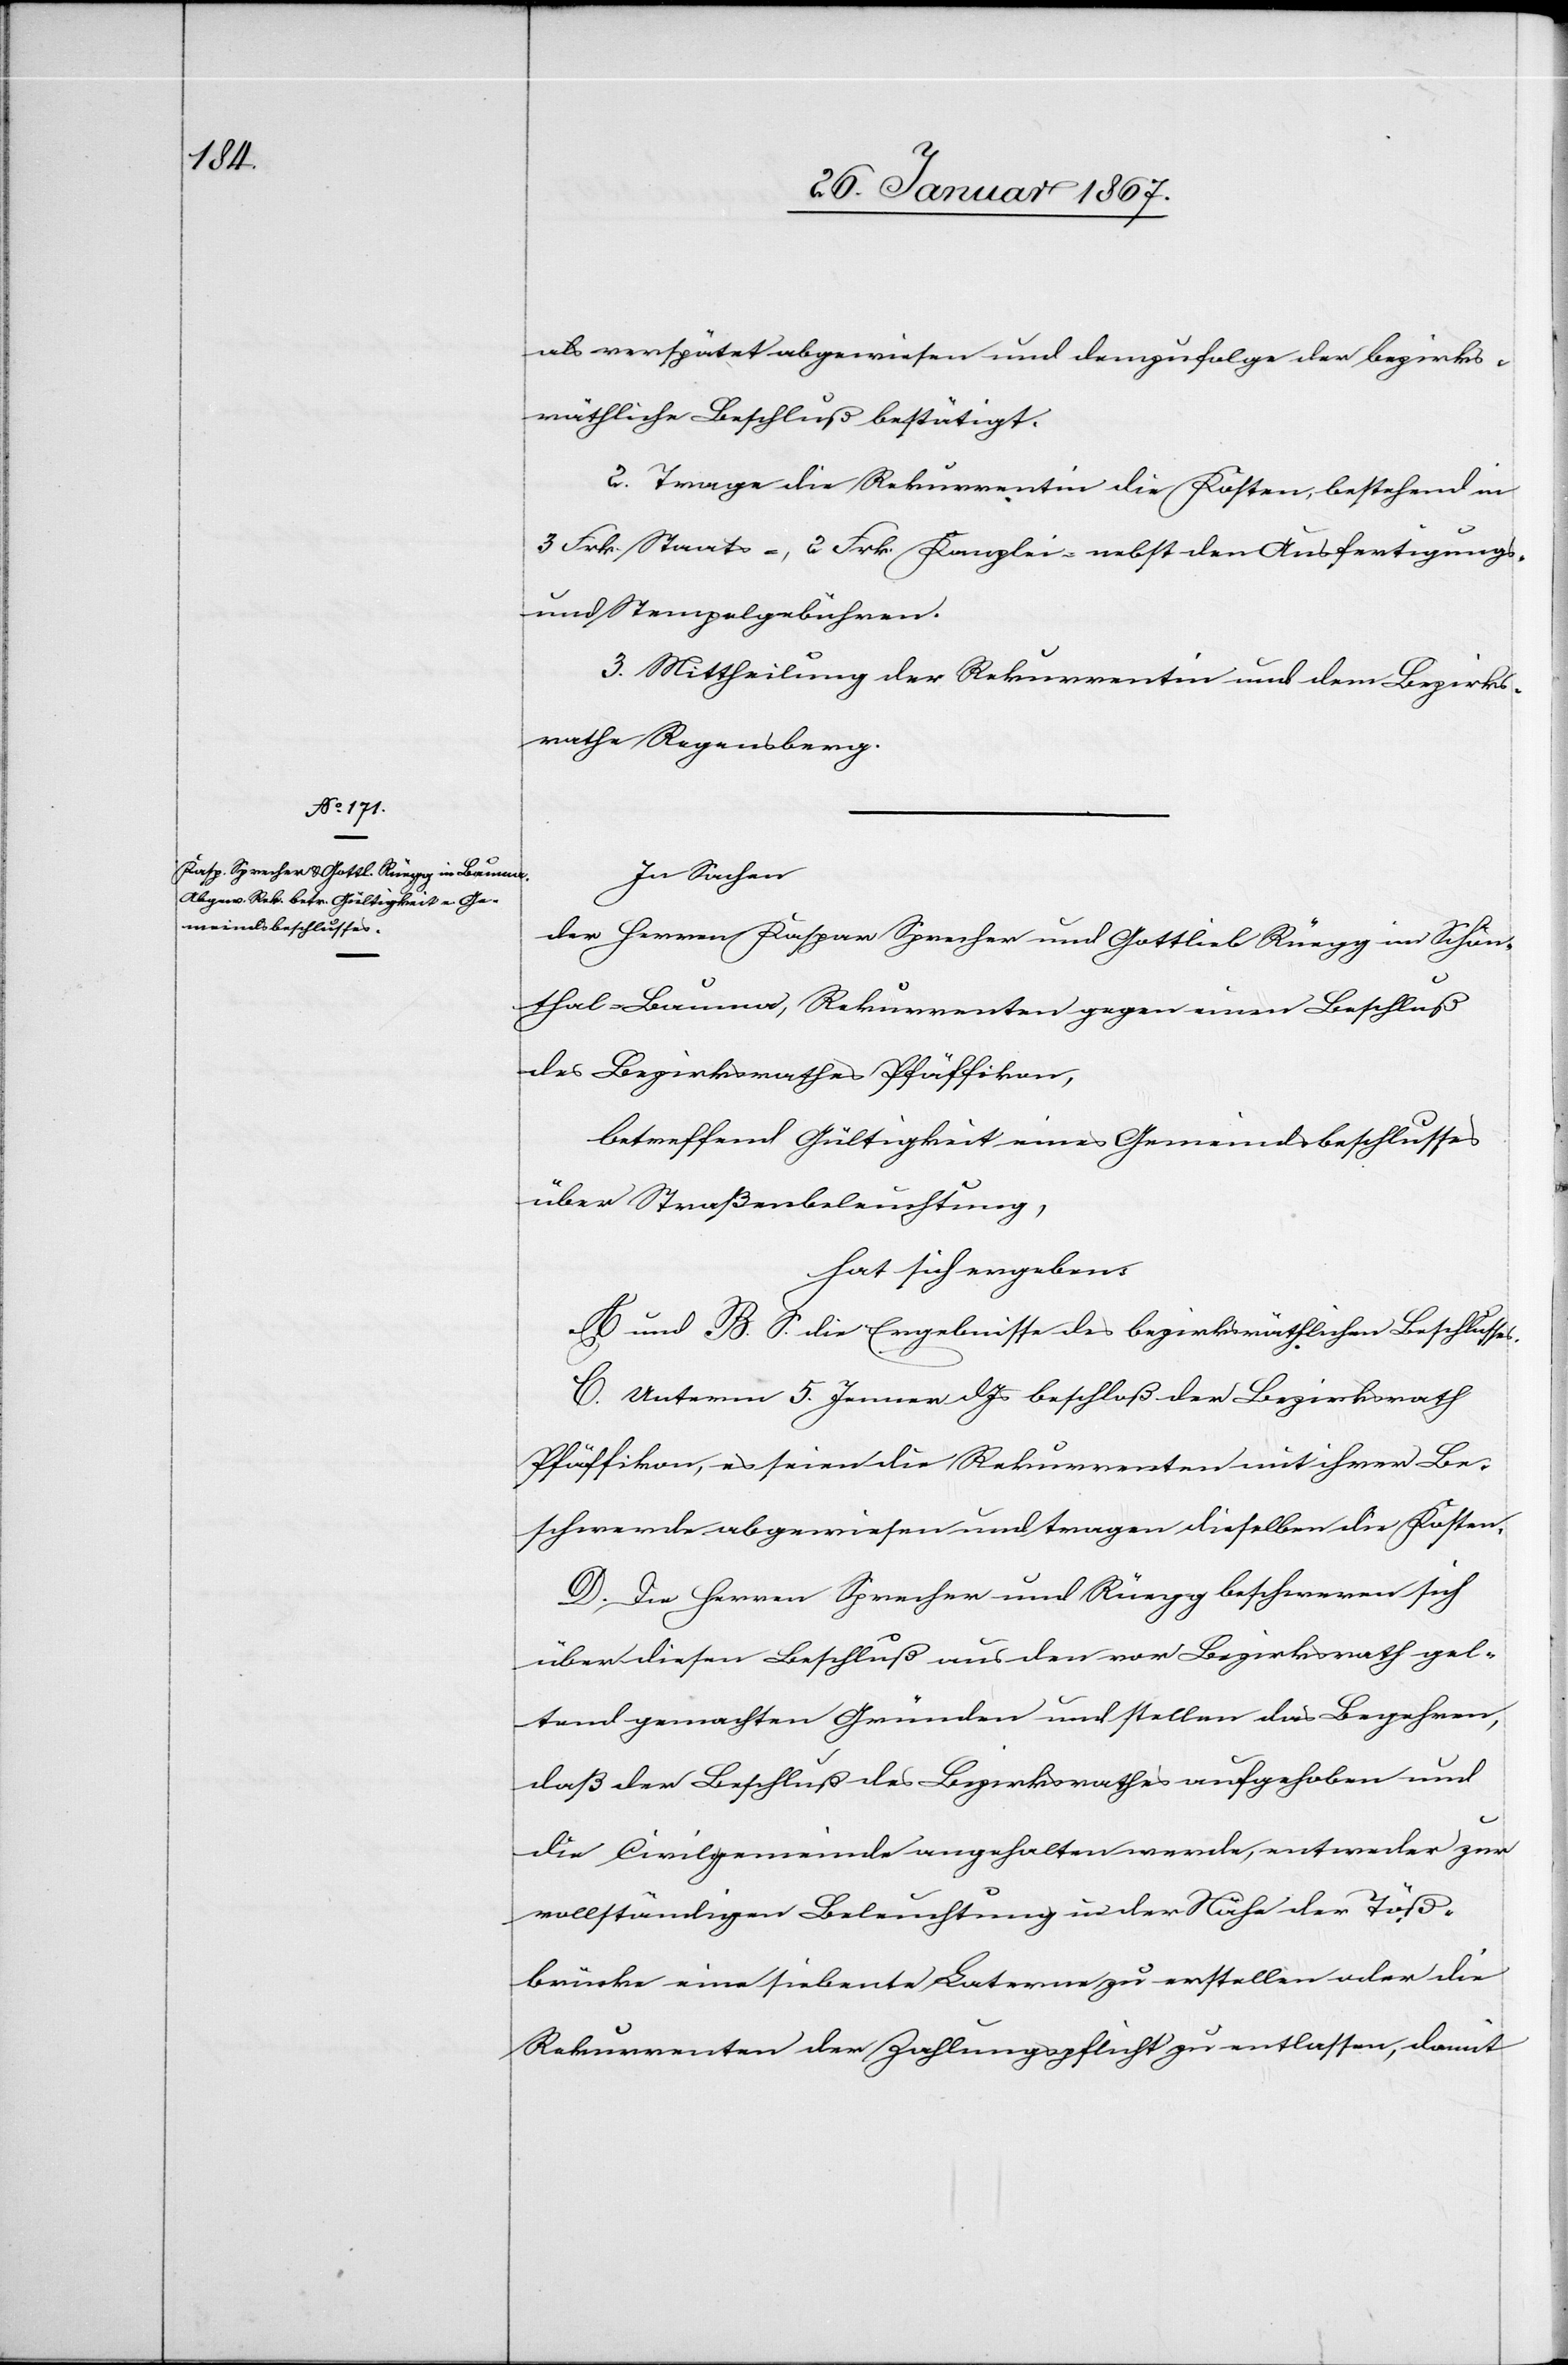
als verspätet abgewiesen und demzufolge der bezirks¬
räthliche Beschluß bestätigt.
2. Trage die Rekurrentin die Kosten, bestehend in
3 Frk. Staats-, 2 Frk. Kanzlei- nebst den Ausfertigungs-
und Stempelgebühren.
3. Mittheilung der Rekurrentin und dem Bezirks¬
rathe Regensberg.
In Sachen
der Herren Kaspar Sprecher und Gottlieb Rüegg in Schön¬
thal-Bauma, Rekurrenten gegen einen Beschluß
des Bezirksrathes Pfäffikon,
betreffend Gültigkeit eines Gemeindsbeschlusses
über Straßenbeleuchtung,
hat sich ergeben:
A und B. S. die Ergebnisse des bezirksräthlichen Beschlusses
C. Unterm 5. Jenner d. Js beschloß der Bezirksrath
Pfäffikon, es seien die Rekurrenten mit ihrer Be¬
schwerde abgewiesen und tragen dieselben die Kosten.
D. Die Herren Sprecher und Rüegg beschweren sich
über diesen Beschluß aus den vor Bezirksrath gel¬
tend gemachten Gründen und stellen das Begehren,
daß der Beschluß des Bezirksrathes aufgehoben und
die Civilgemeinde angehalten werde, entweder zur
vollständigen Beleuchtung in der Höhe der Töß¬
brücke eine siebente Laterne zu erstellen oder die
Rekurrenten der Zahlungspflicht zu entlassen, damit